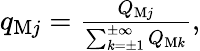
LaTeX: \begin{array}{r}{q_{\mathrm{M}j}=\frac{Q_{\mathrm{M}j}}{\sum_{k=\pm 1}^{\pm\infty}Q_{\mathrm{M}k}},}\end{array}